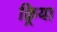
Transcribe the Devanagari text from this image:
क्र्रिया